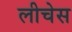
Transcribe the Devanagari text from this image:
लीचेस